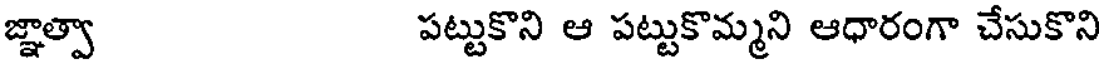
జ్ఞాత్వా పట్టుకొని ఆ పట్టుకొమ్మని ఆధారంగా చేసుకొని